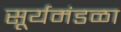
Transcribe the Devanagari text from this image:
सूर्यमंडळा